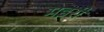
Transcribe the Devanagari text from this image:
मइरी